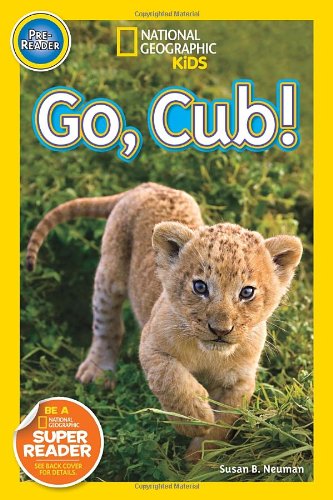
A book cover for National Geographic Readers: Go Cub!; Susan B. Neuman; Children's Books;